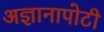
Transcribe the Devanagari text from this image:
अज्ञानापोटी